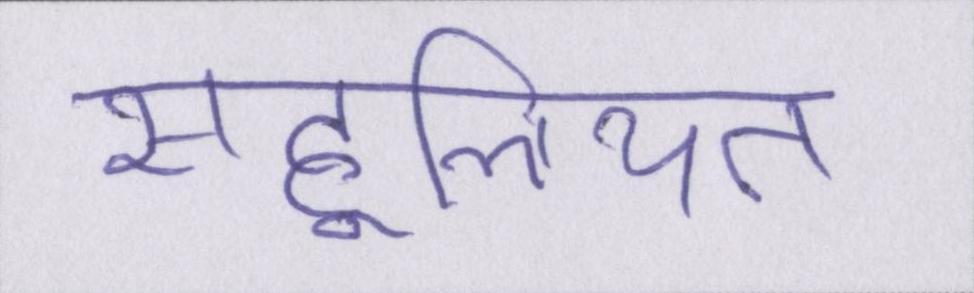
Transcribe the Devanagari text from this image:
सहूलियत